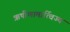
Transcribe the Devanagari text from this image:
ऋषीणामार्त्विज्यं